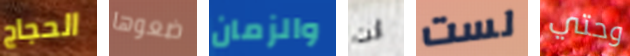
الحجاج ضعوها والزمان أنت لست وحتي